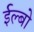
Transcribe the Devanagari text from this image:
ईल्बो